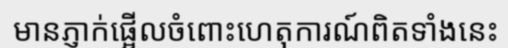
មានភ្ញាក់ផ្អើលចំពោះហេតុការណ៍ពិតទាំងនេះ